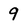
Character: 9